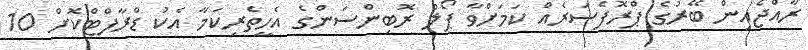
ރާއްޖެއިން ބޭރުގެ ޕްރޮފެސަރެއް ކަމަށްވާ ޕޯލް ރޮބިންސަންގެ އެހީތެރިކަމާ އެކު ޑްރާފްޓްކޮށް 10